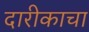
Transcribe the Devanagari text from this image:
दारीकाचा